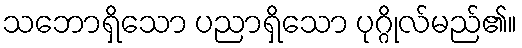
သဘောရှိသော ပညာရှိသော ပုဂ္ဂိုလ်မည်၏။